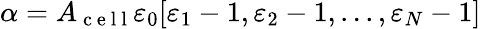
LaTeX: \alpha=A_{\mathrm{~c~e~l~l~}}\varepsilon_{0}[\varepsilon_{1}-1,\varepsilon_{2}-1,...,\varepsilon_{N}-1]